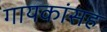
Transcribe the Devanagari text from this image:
गायकांसह